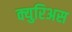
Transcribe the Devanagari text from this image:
क्युरिअस